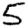
Digit: 5